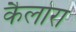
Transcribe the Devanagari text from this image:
कैलोरा